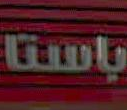
باست